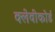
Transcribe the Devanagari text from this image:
क्लेवीकोर्ड